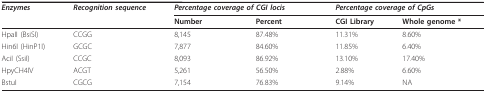
| Enzymes | Recognition sequence | <COLSPAN=2> Percentage coverage of CGI locis | <COLSPAN=2> Percentage coverage of CpGs |
 |  |  | Number | Percent | CGI Library | Whole genome * |
 | --- | --- | --- | --- | --- | --- |
 | HpaII (BsiSI) | CCGG | 8,145 | 87.48% | 11.31% | 8.60% |
 | Hin6I (HinP1I) | GCGC | 7,877 | 84.60% | 11.85% | 6.40% |
 | AciI (SsiI) | CCGC | 8,093 | 86.92% | 13.10% | 17.40% |
 | HpyCH4IV | ACGT | 5,261 | 56.50% | 2.88% | 6.60% |
 | BstuI | CGCG | 7,154 | 76.83% | 9.14% | NA |